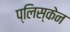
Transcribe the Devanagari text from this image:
प्लिस्केन